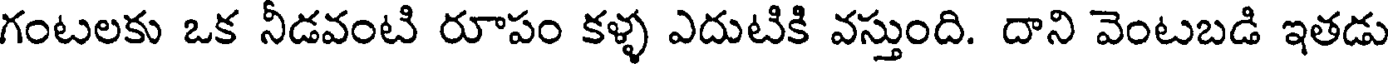
గంటలకు ఒక నీడవంటి రూపం కళ్ళ ఎదుటికి వస్తుంది. దాని వెంటబడి ఇతడు